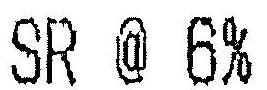
SR @ 6%